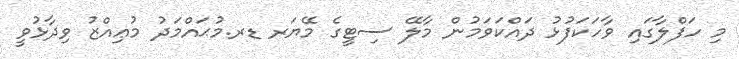
މި ހަފްލާގައި ވާހަކަފުޅު ދައްކަވަމުން މާލޭ ސިޓީގެ މޭޔަރ ޑރ.މުޙައްމަދު މުޢިއްޒު ވިދާޅުވީ